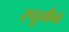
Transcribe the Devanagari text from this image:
स्चूमैन